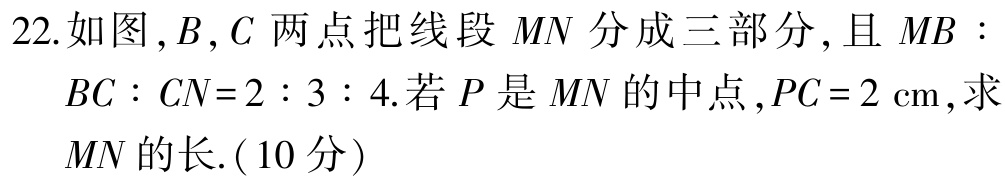
22.如图，\(B\)，\(C\)两点把线段 \(MN\) 分成三部分，且 \(MB:BC:CN = 2:3:4\).若 \(P\) 是 \(MN\) 的中点，\(PC = 2\mathrm{cm}\)，求 \(MN\) 的长.（10分）